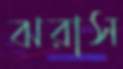
ঝরাস